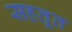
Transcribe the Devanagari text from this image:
सहतूत